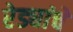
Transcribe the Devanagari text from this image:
रेड्यांचे